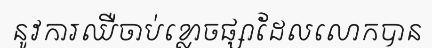
នូវការឈឺចាប់ខ្លោចផ្សាដែលលោកបាន